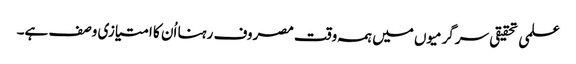
علمی تحقیقی سرگرمیوں میں ہمہ وقت مصروف رہنا اُن کا امتیازی وصف ہے۔